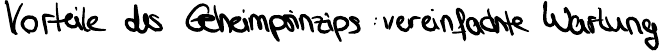
Vorteile des Geheimprinzips: vereinfachte Wartung